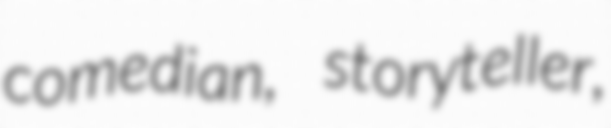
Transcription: comedian, storyteller,